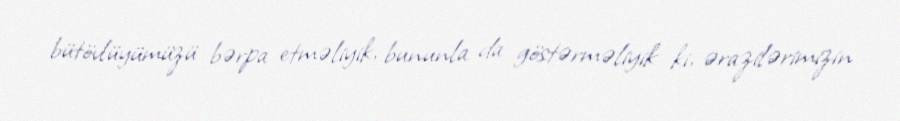
bütövlüyümüzü bərpa etməliyik, bununla da göstərməliyik ki, ərazilərimizin